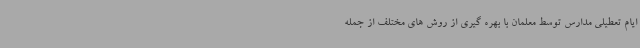
ایام تعطیلی مدارس توسط معلمان با بهره گیری از روش های مختلف از جمله